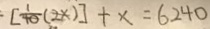
. [ \frac { 1 } { 4 0 } ( 2 x ) ] + x = 6 2 4 0